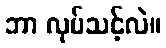
ဘာ လုပ်သင့်လဲ။